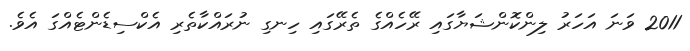
2011 ވަނަ އަހަރު ލިންކޮންޝަޔާގައި ރޭހެއްގެ ތެރޭގައި ހިނގި ނުރައްކާތެރި އެކްސިޑެންޓެއްގަ އެވެ.